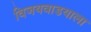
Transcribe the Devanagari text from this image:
विजयवाडयाला